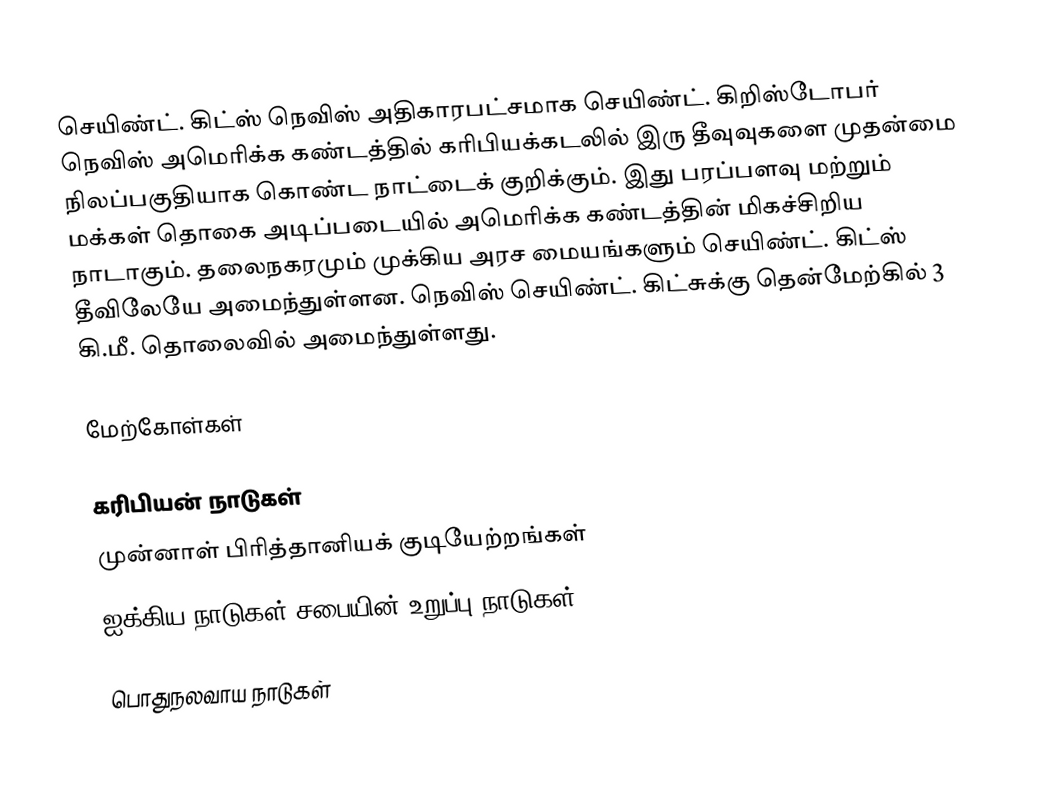
செயிண்ட். கிட்ஸ் நெவிஸ் அதிகாரபட்சமாக செயிண்ட். கிறிஸ்டோபர் நெவிஸ் அமெரிக்க கண்டத்தில் கரிபியக்கடலில் இரு தீவுவுகளை முதன்மை நிலப்பகுதியாக கொண்ட நாட்டைக் குறிக்கும். இது பரப்பளவு மற்றும் மக்கள் தொகை அடிப்படையில் அமெரிக்க கண்டத்தின் மிகச்சிறிய நாடாகும். தலைநகரமும் முக்கிய அரச மையங்களும் செயிண்ட். கிட்ஸ் தீவிலேயே அமைந்துள்ளன. நெவிஸ் செயிண்ட். கிட்சுக்கு தென்மேற்கில் 3 கி.மீ. தொலைவில் அமைந்துள்ளது.

மேற்கோள்கள்

கரிபியன் நாடுகள்
முன்னாள் பிரித்தானியக் குடியேற்றங்கள்
ஐக்கிய நாடுகள் சபையின் உறுப்பு நாடுகள்

பொதுநலவாய நாடுகள்